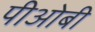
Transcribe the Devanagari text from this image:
पीओबी